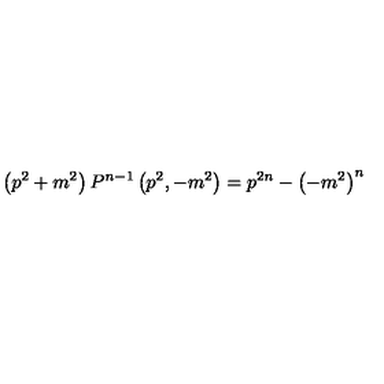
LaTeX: \left( p ^ { 2 } + m ^ { 2 } \right) P ^ { n - 1 } \left( p ^ { 2 } , - m ^ { 2 } \right) = p ^ { 2 n } - { \left( - m ^ { 2 } \right) } ^ { n }